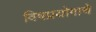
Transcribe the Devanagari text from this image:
विषप्रयोगाचे